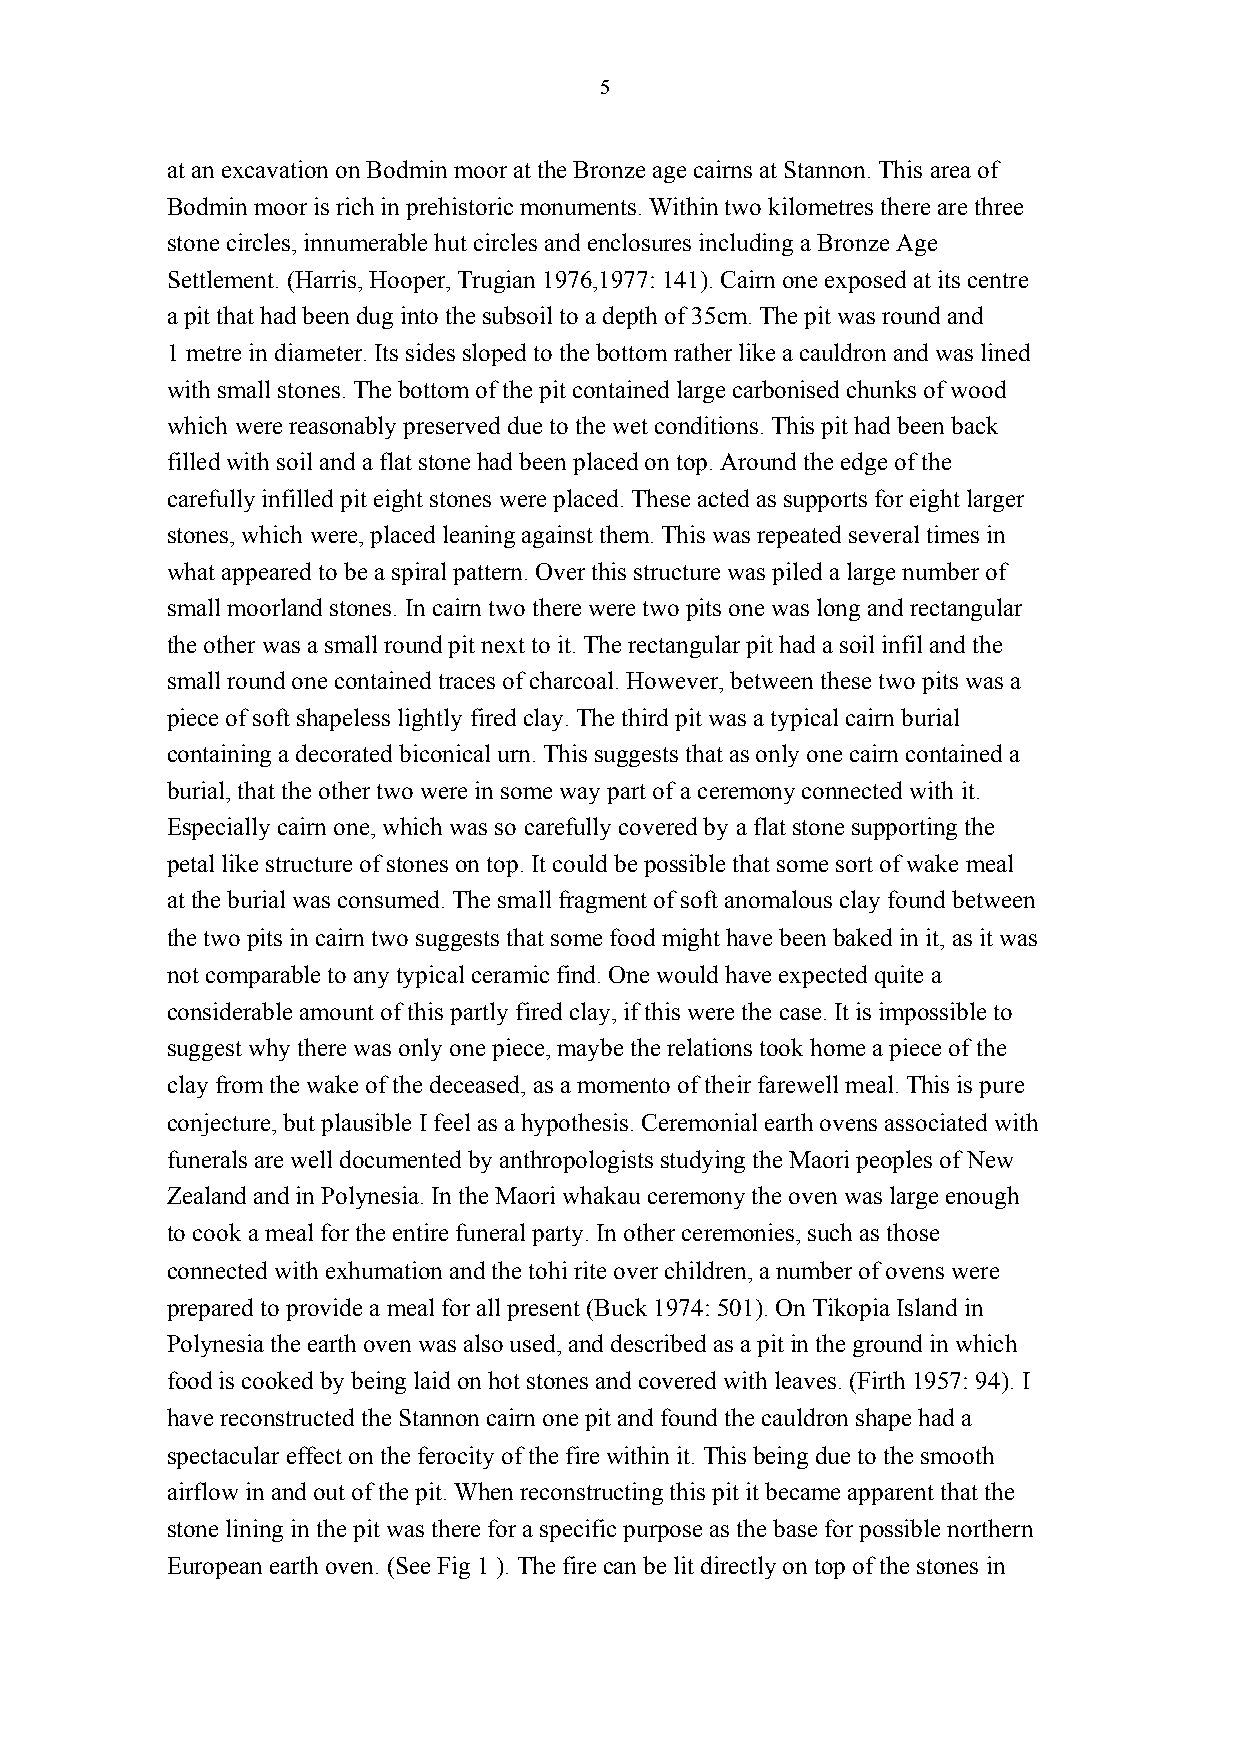
5
 at an excavation on Bodmin moor at the Bronze age cairns at Stannon. This area of
 Bodmin moor is rich in prehistoric monuments. Within two kilometres there are three
 stone circles, innumerable hut circles and enclosures including a Bronze Age
 Settlement. (Harris, Hooper, Trugian 1976,1977: 141). Cairn one exposed at its centre
 a pit that had been dug into the subsoil to a depth of 35cm. The pit was round and
 1 metre in diameter. Its sides sloped to the bottom rather like a cauldron and was lined
 with small stones. The bottom of the pit contained large carbonised chunks of wood
 which were reasonably preserved due to the wet conditions. This pit had been back
 filled with soil and a flat stone had been placed on top. Around the edge of the
 carefully infilled pit eight stones were placed. These acted as supports for eight larger
 stones, which were, placed leaning against them. This was repeated several times in
 what appeared to be a spiral pattern. Over this structure was piled a large number of
 small moorland stones. In cairn two there were two pits one was long and rectangular
 the other was a small round pit next to it. The rectangular pit had a soil infil and the
 small round one contained traces of charcoal. However, between these two pits was a
 piece of soft shapeless lightly fired clay. The third pit was a typical cairn burial
 containing a decorated biconical urn. This suggests that as only one cairn contained a
 burial, that the other two were in some way part of a ceremony connected with it.
 Especially cairn one, which was so carefully covered by a flat stone supporting the
 petal like structure of stones on top. It could be possible that some sort of wake meal
 at the burial was consumed. The small fragment of soft anomalous clay found between
 the two pits in cairn two suggests that some food might have been baked in it, as it was
 not comparable to any typical ceramic find. One would have expected quite a
 considerable amount of this partly fired clay, if this were the case. It is impossible to
 suggest why there was only one piece, maybe the relations took home a piece of the
 clay from the wake of the deceased, as a momento of their farewell meal. This is pure
 conjecture, but plausible I feel as a hypothesis. Ceremonial earth ovens associated with
 funerals are well documented by anthropologists studying the Maori peoples of New
 Zealand and in Polynesia. In the Maori whakau ceremony the oven was large enough
 to cook a meal for the entire funeral party. In other ceremonies, such as those
 connected with exhumation and the tohi rite over children, a number of ovens were
 prepared to provide a meal for all present (Buck 1974: 501). On Tikopia Island in
 Polynesia the earth oven was also used, and described as a pit in the ground in which
 food is cooked by being laid on hot stones and covered with leaves. (Firth 1957: 94). I
 have reconstructed the Stannon cairn one pit and found the cauldron shape had a
 spectacular effect on the ferocity of the fire within it. This being due to the smooth
 airflow in and out of the pit. When reconstructing this pit it became apparent that the
 stone lining in the pit was there for a specific purpose as the base for possible northern
 European earth oven. (See Fig 1 ). The fire can be lit directly on top of the stones in